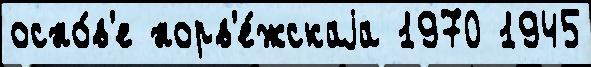
осно́в'е норв'е́жскаjа 1970 1945